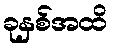
ခုနှစ်အထိ